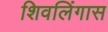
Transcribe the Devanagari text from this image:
शिवलिंगास